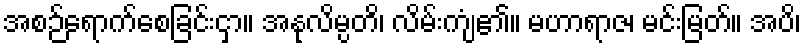
အစဉ်ရောက်စေခြင်းငှာ။ အနုလိမ္ပတိ၊ လိမ်းကျံ၏။ မဟာရာဇ၊ မင်းမြတ်။ အပိ၊